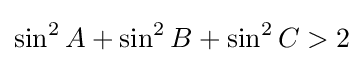
\sin ^{2}A+\sin ^{2}B+\sin ^{2}C>2